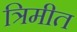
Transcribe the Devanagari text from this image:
त्रिमीत